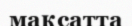
мақсатта